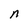
Character: n